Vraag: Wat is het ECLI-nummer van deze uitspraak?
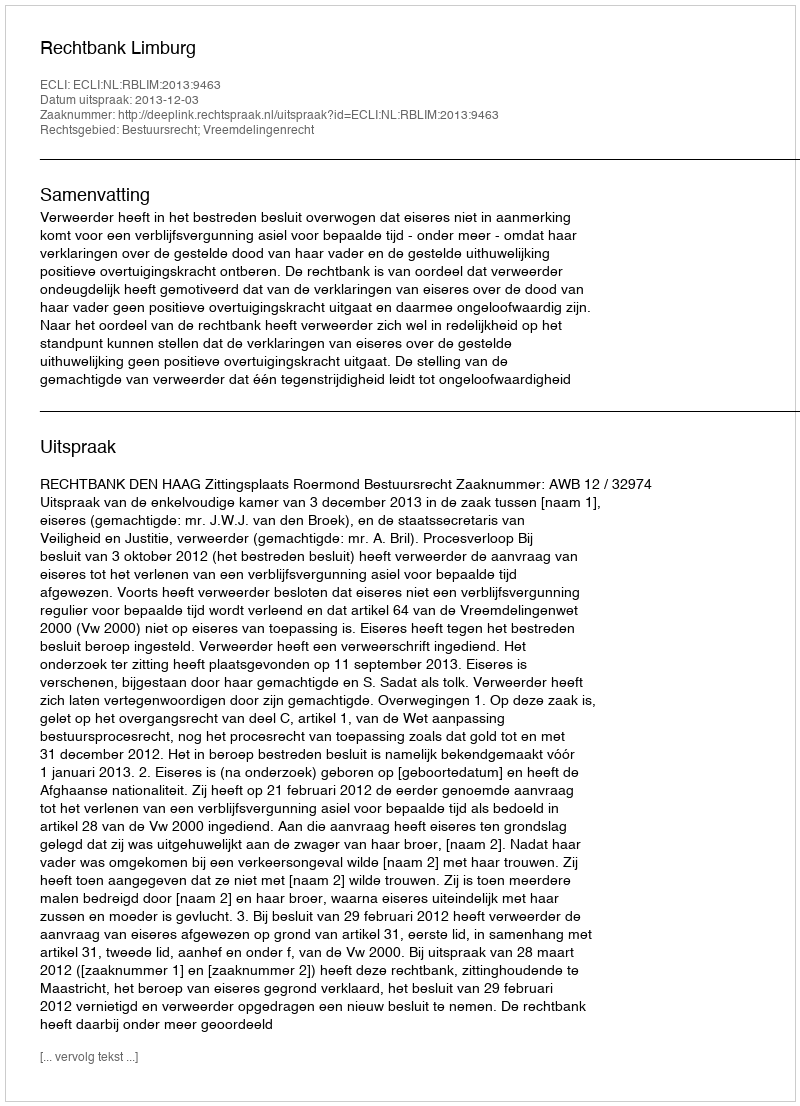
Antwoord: ECLI:NL:RBLIM:2013:9463